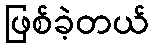
ဖြစ်ခဲ့တယ်